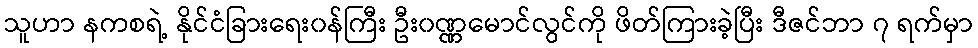
သူဟာ နကစရဲ့ နိုင်ငံခြားရေး၀န်ကြီး ဦး၀ဏ္ဏမောင်လွင်ကို ဖိတ်ကြားခဲ့ပြီး ဒီဇင်ဘာ ၇ ရက်မှာ